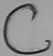
Text: C